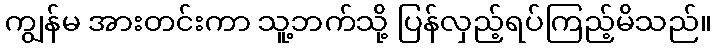
ကျွန်မ အားတင်းကာ သူ့ဘက်သို့ ပြန်လှည့်ရပ်ကြည့်မိသည်။